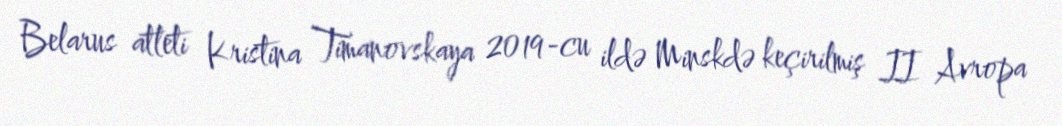
Belarus atleti Kristina Timanovskaya 2019-cu ildə Minskdə keçirilmiş II Avropa